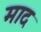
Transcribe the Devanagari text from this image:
माद